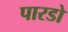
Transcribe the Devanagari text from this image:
पारडो